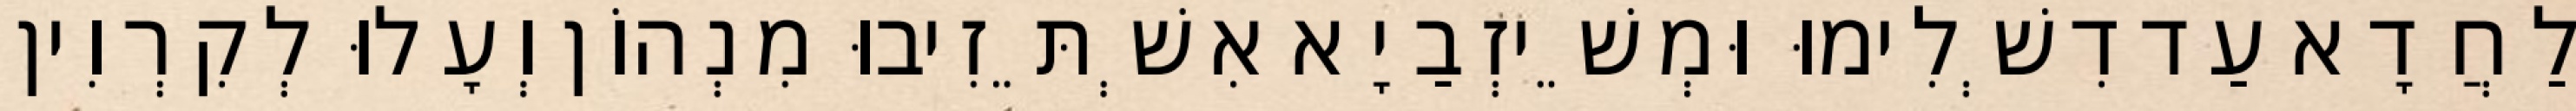
לַחֲדָא עַד דִשְׁלִימוּ וּמְשֵׁיזְבַיָא אִשְׁתֵּזִיבוּ מִנְהוֹן וְעָלוּ לְקִרְוִין